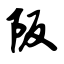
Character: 阪